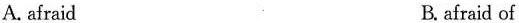
A. afraid B. afraid of